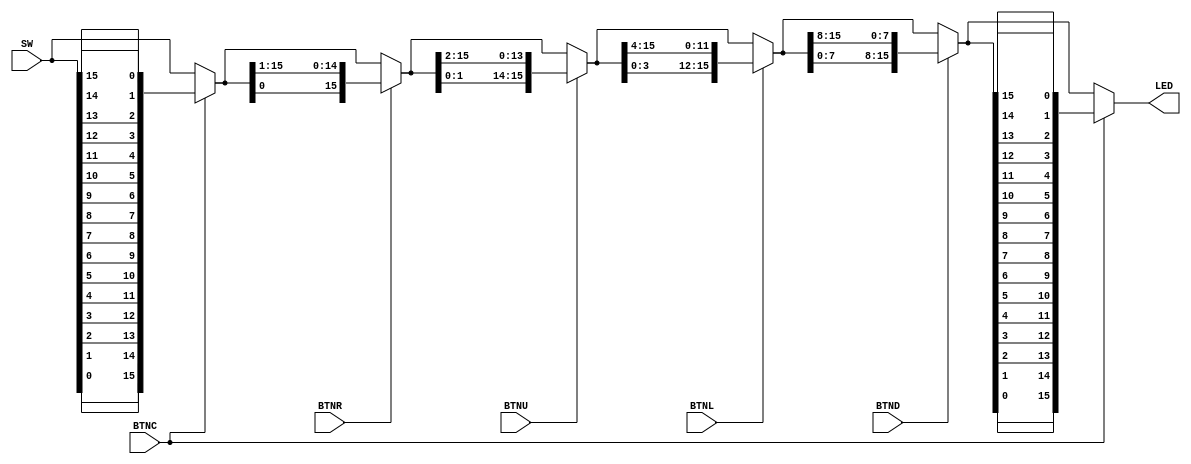
// Listing 3.19
module barrel_shifter_stage
   (
    input [15:0] SW,
    input BTNL,
    input BTNU,
    input BTNR,
    input BTND,
    input BTNC,
    output [15:0] LED
   );

   // signal declaration
   wire [15:0] s0, s1, s2, s3, s4;

   // body
   // stage 0, invert for left
   assign s0 = BTNC ? {SW[0],SW[1],SW[2],SW[3],SW[4],SW[5],SW[6],SW[7],SW[8],SW[9],SW[10],SW[11],SW[12],SW[13],SW[14],SW[15]} : SW;
   // stage 1, shift 0 or 1 bit
   assign s1 = BTNR ? {s0[0], s0[15:1]} : s0;
   // stage 2, shift 0 or 2 bits
   assign s2 = BTNU ? {s1[1:0] , s1[15:2]} : s1;
   // stage 3, shift 0 or 4 bits
   assign s3 = BTNL ? {s2[3:0], s2[15:4]} : s2;
   // stage 4, shift 0 or 4 bits
   assign s4 = BTND ? {s3[7:0], s3[15:8]} : s3;
   // stage 5, invert back for left
   assign LED = BTNC ? {s4[0],s4[1],s4[2],s4[3],s4[4],s4[5],s4[6],s4[7],s4[8],s4[9],s4[10],s4[11],s4[12],s4[13],s4[14],s4[15]} : s4;

endmodule